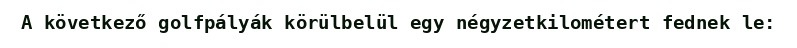
A következő golfpályák körülbelül egy négyzetkilométert fednek le: